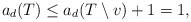
LaTeX: \begin{align*} a_d(T) \le a_d(T\setminus v)+1 =1,\end{align*}